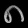
Digit: ၈